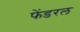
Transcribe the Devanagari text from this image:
फेंडरल